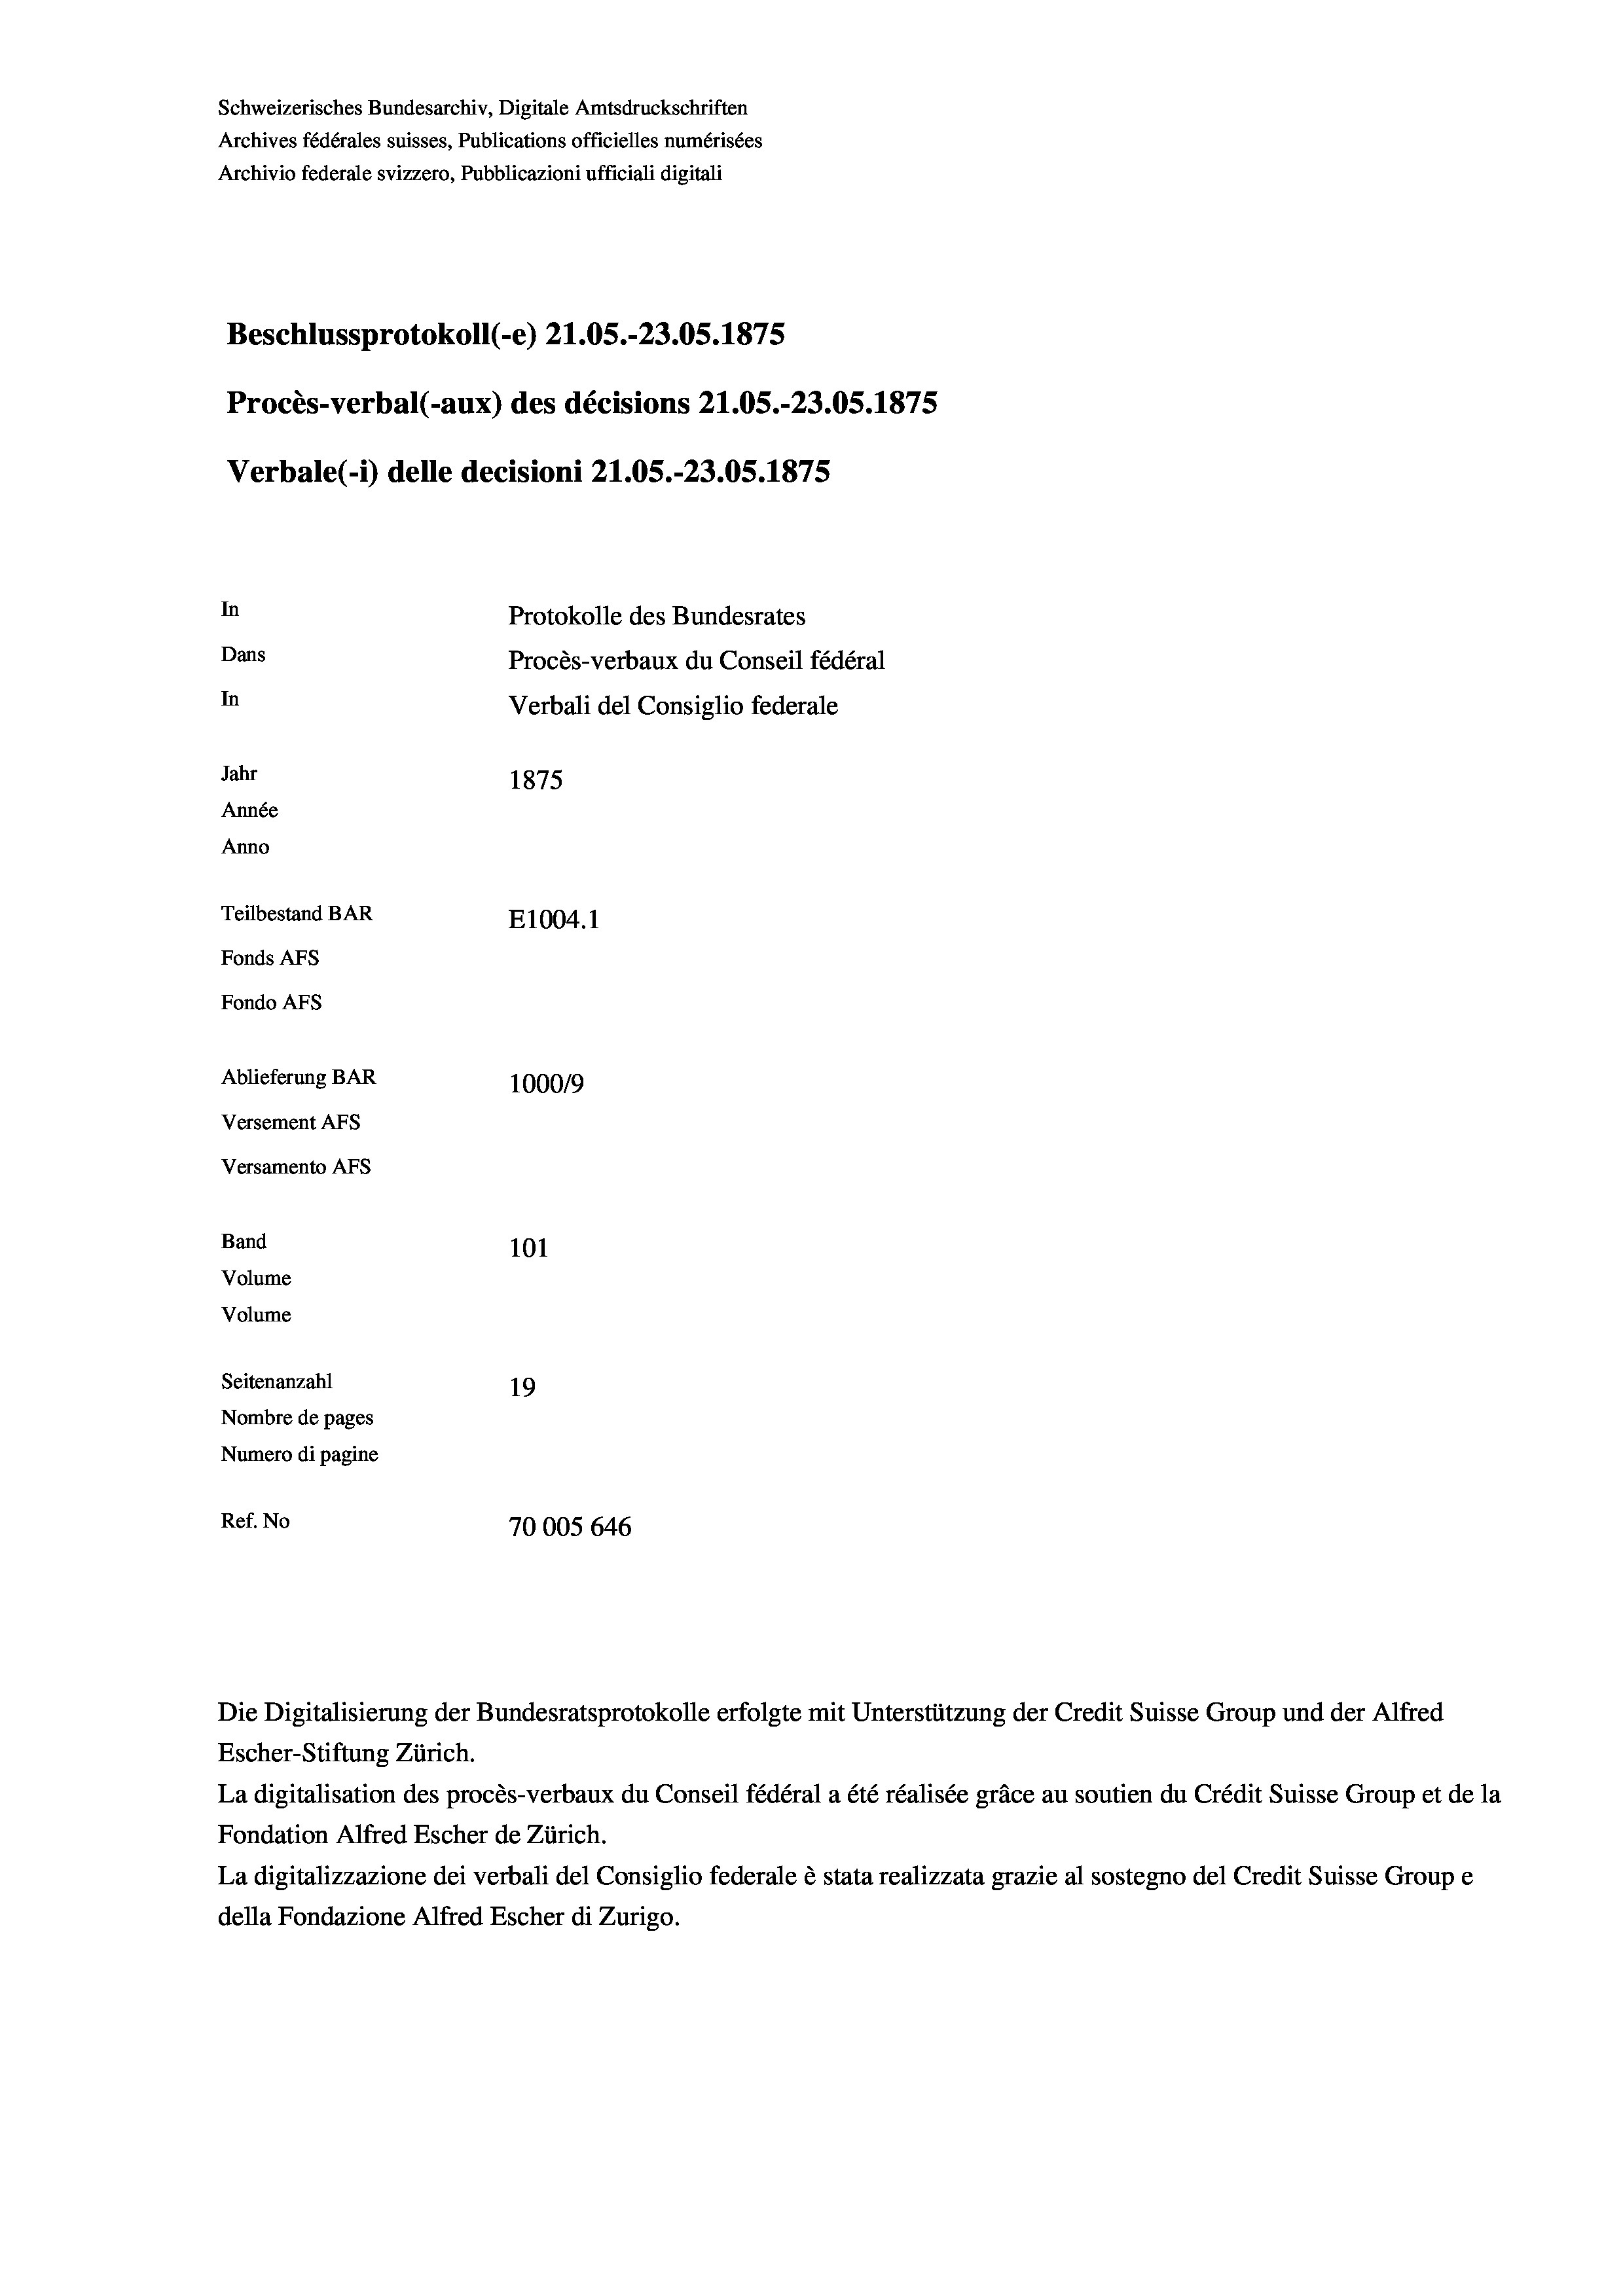
Schweizerisches Bundesarchiv, Digitale Amtsdruckschriften
Archives fédérales suisses, Publications officielles numérisées
Archivio federale svizzero, Pubblicazioni ufficiali digitali
Beschlussprotokoll (-e) 21.05.-23.05. 1875
Procès-verbal (-aux) des décisions 21.05.-23.05. 1875
Verbale (- 1) delle decisioni 21.05.-23.05. 1875
In
Protokolle des Bundesrates
Dans
Procès-verbaux du Conseil fédéral
In
Verbali del Consiglio federale
Jahr
1875
Année
Anno
Teilbestand BAR
E1004.1
Fonds AFs
Fondo Afs
Ablieferung BAR
100019
Versement AFs
Versamento Afs
Band
101
Volume
Volume

Seitenanzahl
19
Nombre de pages
Numero di pagine
Ref. No
70005 646

Die Digitalisierung der Bundesratsprotokolle erfolgte mit Unterstützung der Credit Suisse Group und der Alfred
Escher-Stiftung Zürich.
La digitalisation des procès-verbaux du Conseil fédéral a été réalisée gräce au soutien du Crédit Suisse Group et de la
Fondation Alfred Escher de Zürich.
La digitalizzazione dei verbali del Consiglio federale è stata realizzata grazie al sostegno del Credit Suisse Groupe
della Fondazione Alfred Escher di Zurigo.